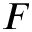
F